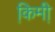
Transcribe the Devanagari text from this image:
कि़मी़